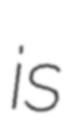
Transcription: is